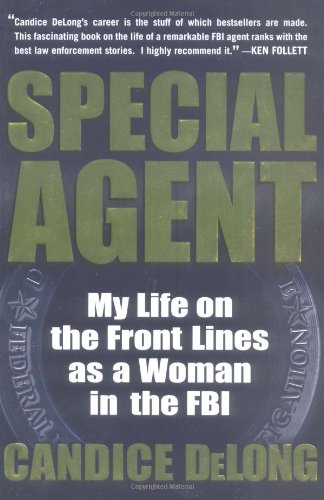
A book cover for Special Agent: My Life on the Front Lines as a Woman in the FBI; Candice DeLong; Biographies & Memoirs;